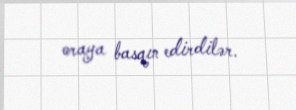
oraya basqın edirdilər.